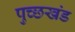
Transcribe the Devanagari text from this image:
पुच्छखंड